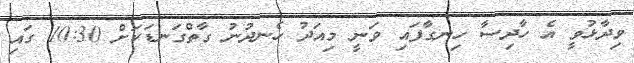
ވިދާޅުވީ އެ ހާދިސާ ހިނގާފައި ވަނީ މިއަދު ހެނދުނު ގާތްގަނޑަކަށް 10:30 ގައި